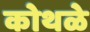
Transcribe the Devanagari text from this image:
कोथळे